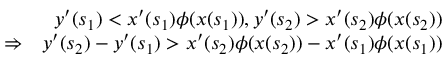
\begin{array} { r l r } & { } & { y ^ { \prime } ( s _ { 1 } ) < x ^ { \prime } ( s _ { 1 } ) \phi ( x ( s _ { 1 } ) ) , y ^ { \prime } ( s _ { 2 } ) > x ^ { \prime } ( s _ { 2 } ) \phi ( x ( s _ { 2 } ) ) } \\ & { \Rightarrow } & { y ^ { \prime } ( s _ { 2 } ) - y ^ { \prime } ( s _ { 1 } ) > x ^ { \prime } ( s _ { 2 } ) \phi ( x ( s _ { 2 } ) ) - x ^ { \prime } ( s _ { 1 } ) \phi ( x ( s _ { 1 } ) ) } \end{array}